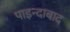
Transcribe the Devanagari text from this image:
पाइन्दाबाद